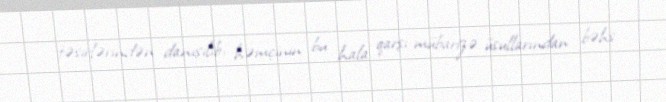
təsirlərindən danışılıb, həmçinin bu hala qarşı mübarizə üsullarından bəhs